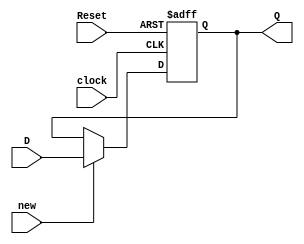
module register(D, clock, new, Reset, Q);

input [3:0] D;
input clock, Reset, new;
output reg [3:0] Q;

always @(posedge clock, negedge Reset)
if (Reset == 0)
	Q <= 4'b0110;
else if (new == 1)
	Q <= D;

endmodule